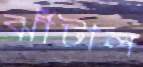
ঝাঁটাল